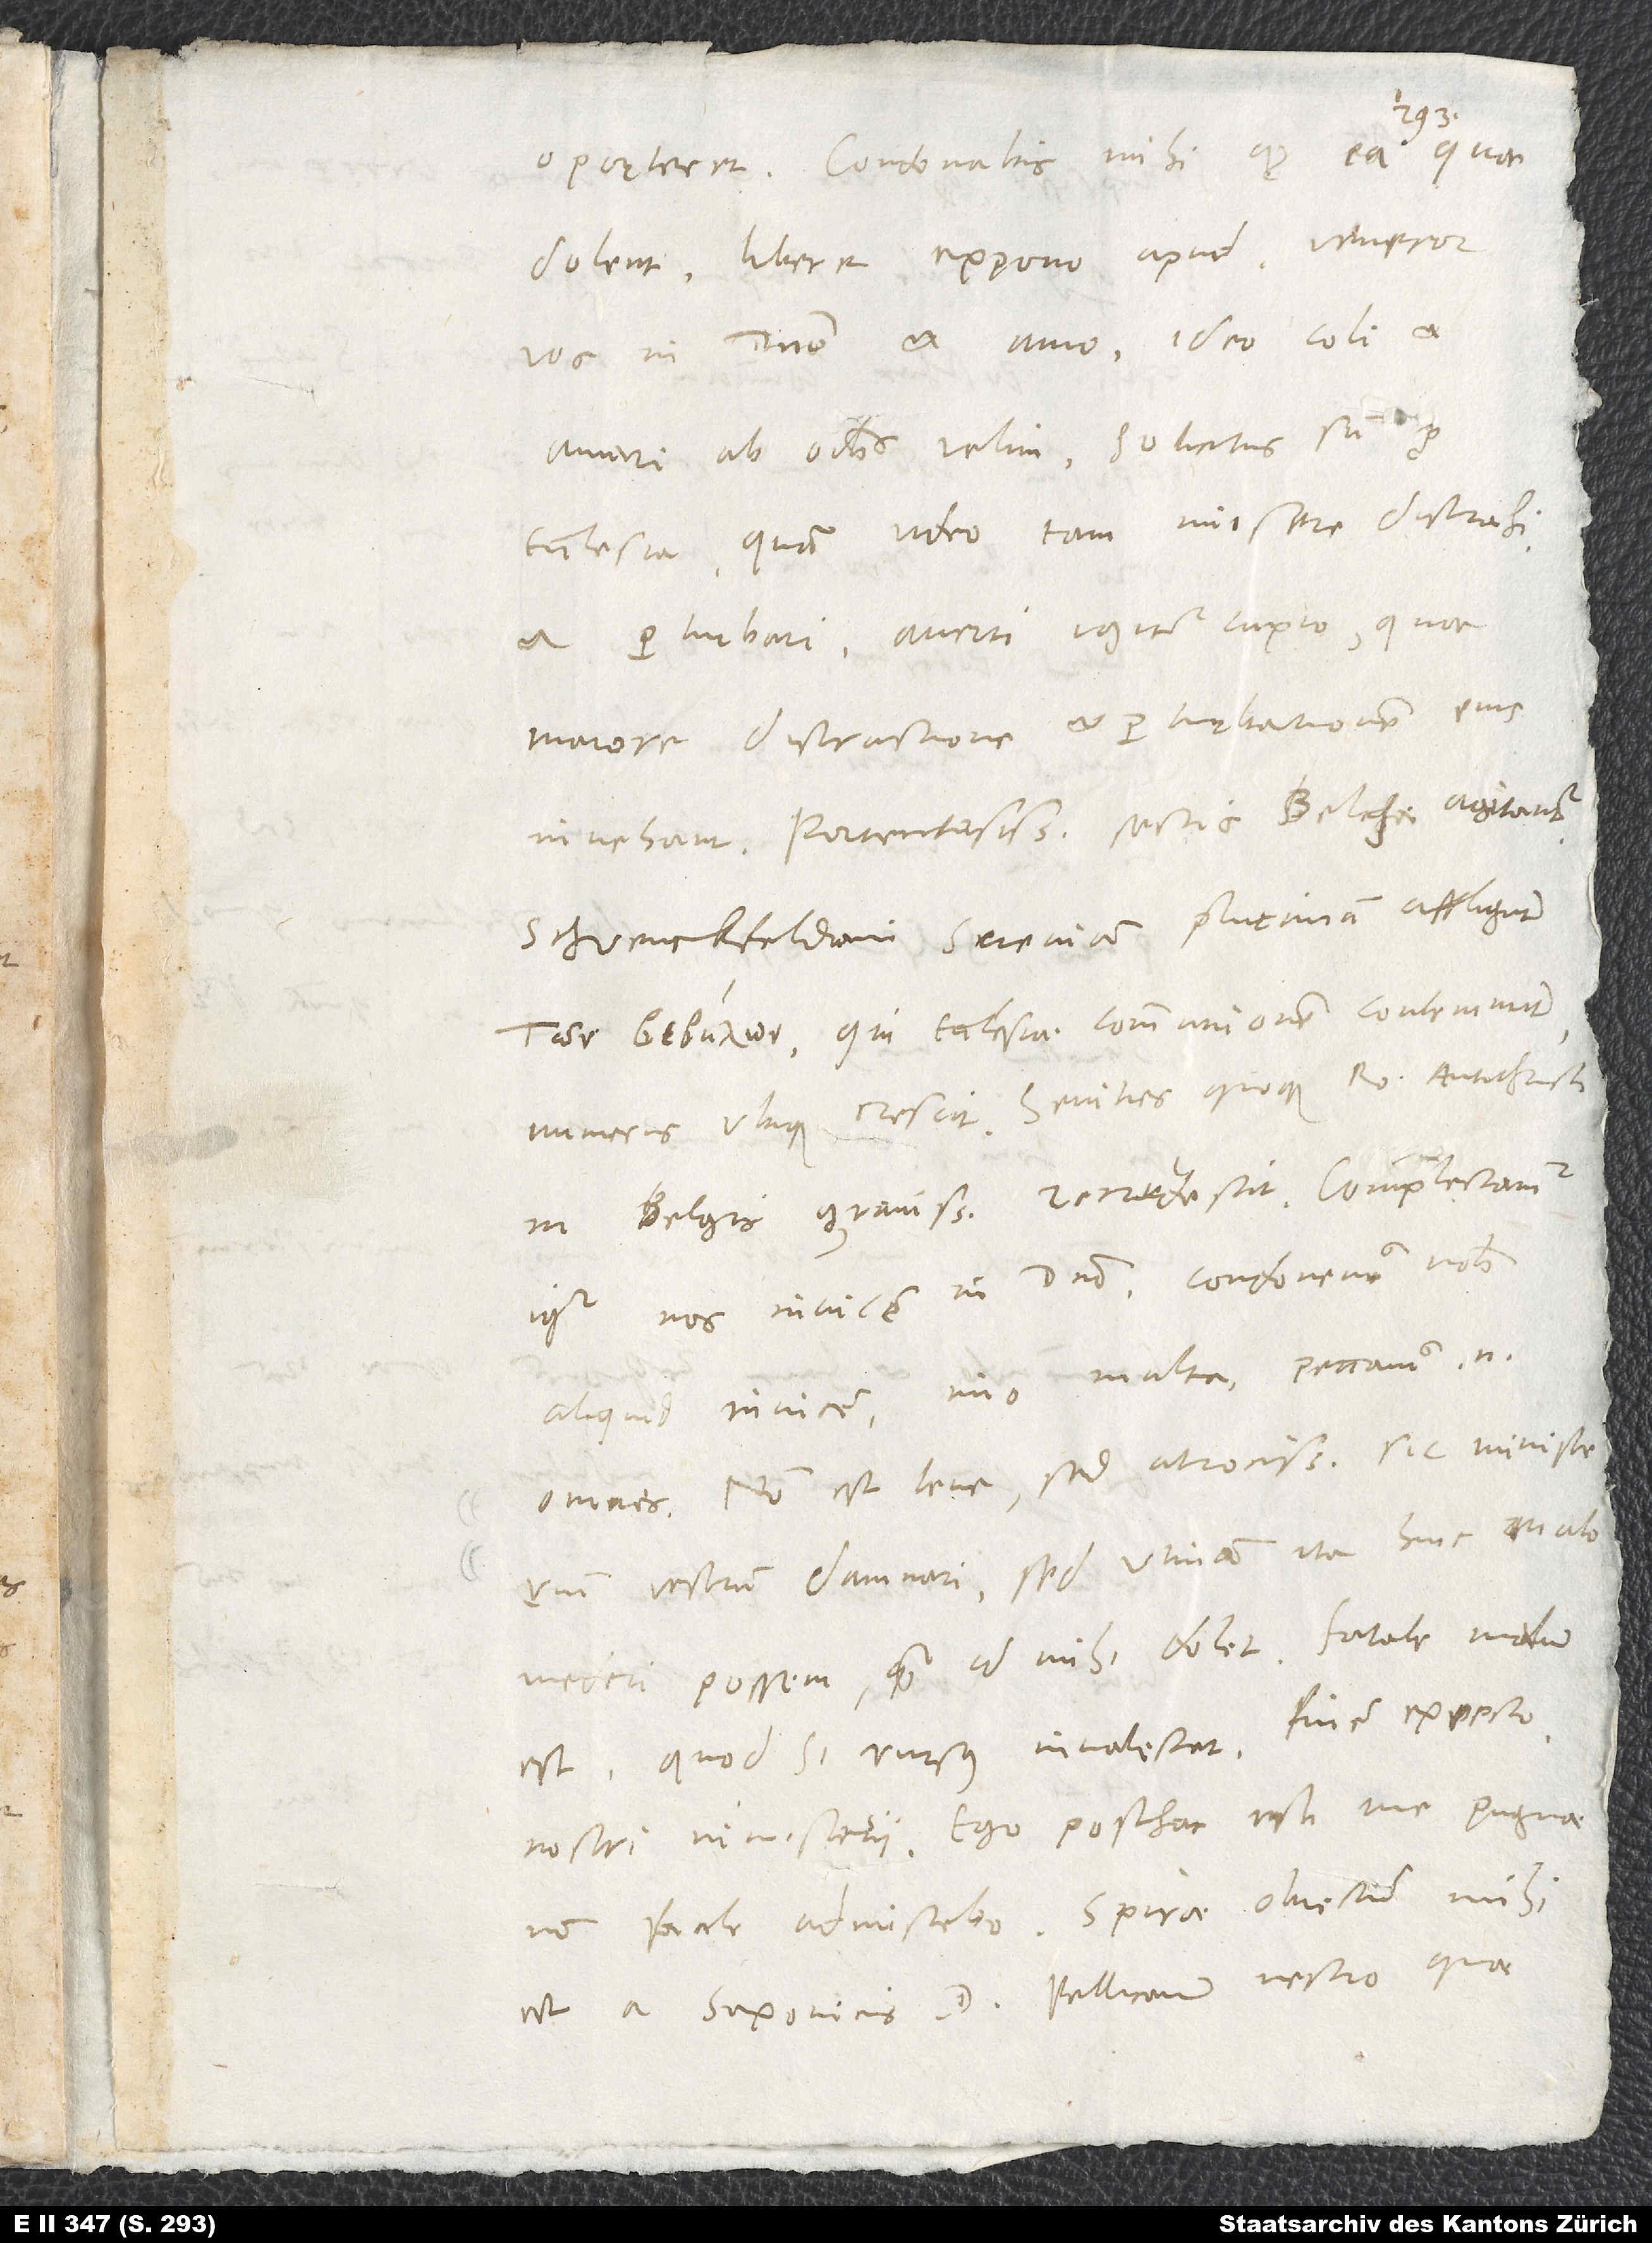
vos in domino et amo; ideo coli et
amari ab omnibus velim. Solicitus sum pro
ecclesia, quam video tam misere distrahi
et perturbari; averti igitur cupio, quae
maiorem distractionem et perturbationem eius
invehant. Portentosissimis sectis Belgae agitantur;
Schwenckfeldiani Sveviam plurimum affligunt;
, qui ecclesiae communionem contemnunt,
numerus ubique crescit; sevities quoque Romani antichristi
in Belgis gravissime recrudescit. Complectamur
igitur nos invicem in domino, condonemus nobis
aliquid invicem, imo multa; peccamus enim
omnes. Non est leve, sed atrocissimum, sic ministerium
vestrum damnari; sed utinam ita huic malo
mederi possem, quam id mihi dolet! Fatale malum
est; quod si rursus invalescat, finem expecto
nostri ministerii. Ego posthac isti me pugnae
est a Saxonicis d. Pellicanum nescio quae